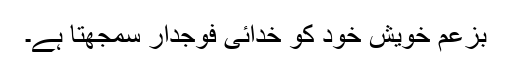
بزعم خویش خود کو خدائی فوجدار سمجھتا ہے۔